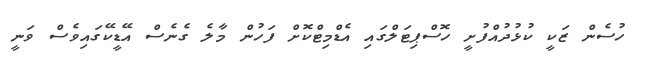
ހުސެން ޒަކީ ކުޅުދުއްފުށީ ހޮސްޕިޓަލްގައި އެޑްމިޓްކޮށް ފަހުން މާލެ ގެނެސް އޭޑީކޭގައިވެސް ވަނީ